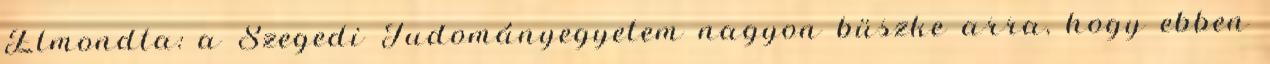
Elmondta: a Szegedi Tudományegyetem nagyon büszke arra, hogy ebben